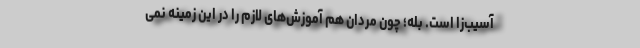
آسیب‌زا است. بله؛ چون مردان هم آموزش‌های لازم را در این زمینه نمی